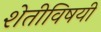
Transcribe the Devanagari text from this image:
शेतीविषयी